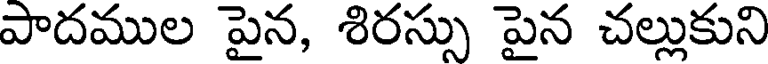
పాదముల పైన, శిరస్సు పైన చల్లుకుని